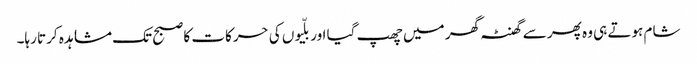
شام ہوتے ہی وہ پھر سے گھنٹہ گھر میں چھپ گیا اور بلّیوں کی حرکات کا صبح تک مشاہدہ کرتا رہا۔